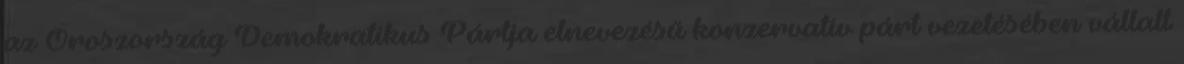
az Oroszország Demokratikus Pártja elnevezésű konzervatív párt vezetésében vállalt